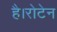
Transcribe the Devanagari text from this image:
है।रोटेन